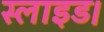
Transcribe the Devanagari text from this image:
स्लाइड।